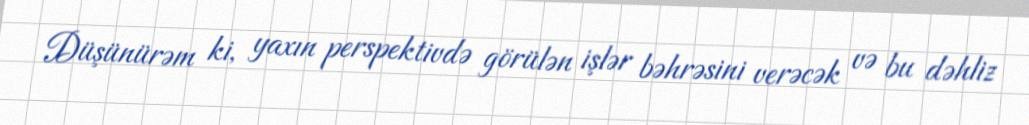
Düşünürəm ki, yaxın perspektivdə görülən işlər bəhrəsini verəcək və bu dəhliz